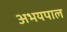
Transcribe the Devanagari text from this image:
अभयपाल